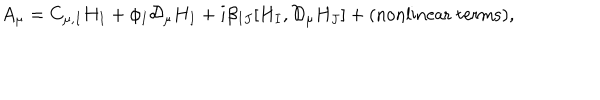
A _ { \mu } = C _ { \mu , I } H _ { I } + \phi _ { I } { \mathcal D } _ { \mu } H _ { I } + i \beta _ { I J } [ H _ { I } , { \mathcal D } _ { \mu } H _ { J } ] + \mathrm { ( n o n l i n e a r ~ t e r m s ) } ,